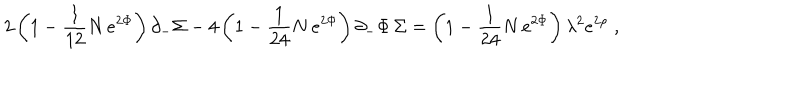
LaTeX: 2 \left( 1 - { \frac { 1 } { 1 2 } } N \, e ^ { 2 \Phi } \right) \partial _ { - } \Sigma - 4 \left( 1 - { \frac { 1 } { 2 4 } } N \, e ^ { 2 \Phi } \right) \partial _ { - } \Phi \, \Sigma = \left( 1 - { \frac { 1 } { 2 4 } } N \, e ^ { 2 \Phi } \right) \lambda ^ { 2 } e ^ { 2 \rho } \; ,